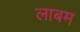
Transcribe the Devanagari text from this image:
लाबम